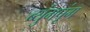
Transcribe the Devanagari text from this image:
ब्युंगपूंग